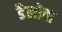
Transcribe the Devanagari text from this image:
डैलोवा